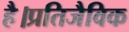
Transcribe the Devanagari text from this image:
है।प्रतिजैविक